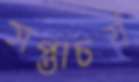
সপ্তাচর্য